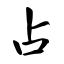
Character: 占